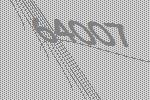
64007